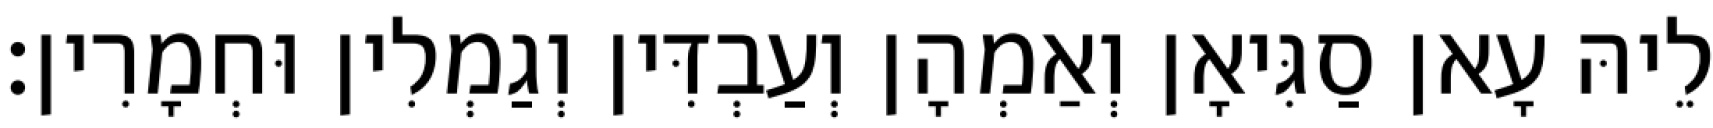
לֵיהּ עָאן סַגִּיאָן וְאַמְהָן וְעַבְדִּין וְגַמְלִין וּחְמָרִין׃